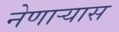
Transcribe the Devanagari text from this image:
नेणाऱ्यास